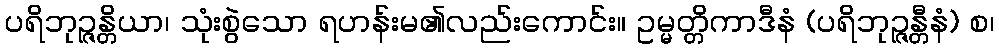
ပရိဘုဉ္ဇန္တိယာ၊ သုံးစွဲသော ရဟန်းမ၏လည်းကောင်း။ ဥမ္မတ္တိကာဒီနံ (ပရိဘုဉ္ဇန္တီနံ) စ၊